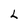
Character: L